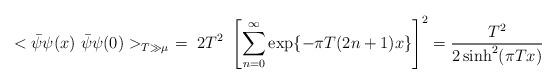
LaTeX: \begin{align*}<\bar{\psi}\psi(x)~\bar{\psi}\psi(0)>_{T\gg\mu}\ =\ 2 T^2\ \left[\sum_{n=0}^\infty \exp\{-\pi T(2n+1)x\}\right]^2 =\frac{T^2}{2\sinh^2(\pi Tx)}\end{align*}